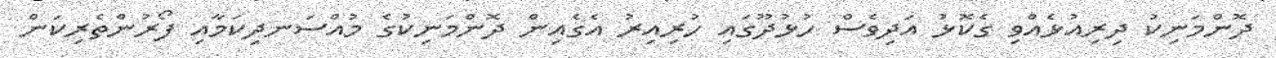
ދޮންމަނިކު ދިރިއުޅެއްވި ގެކޮޅު އަދިވެސް ހުޅުދޫގައި ހުރިއިރު އެގެއިން ދޮންމަނިކުގެ މުއްސަނދިކަމާއި ފޯރުންތެރިކަން